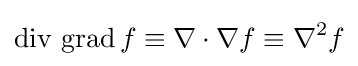
\operatorname {div} \,\operatorname {grad} f\equiv \nabla \cdot \nabla f\equiv \nabla ^{2}f